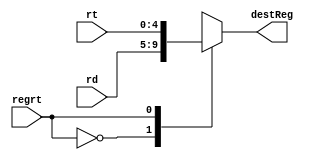
module regrt_mux(
    input [4:0] rt,
    input [4:0] rd,
    input regrt,
    output reg [4:0] destReg
    );

    always @(*)begin
    case(regrt)
        
        1'b0:begin 
            destReg <= rd;
        end
        1'b1:begin
            destReg <= rt;
        end
    endcase
    
    end
endmodule